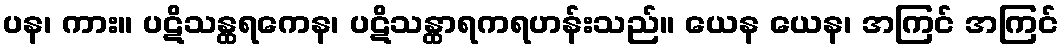
ပန၊ ကား။ ပဋိသန္ထရကေန၊ ပဋိသန္ထာရကရဟန်းသည်။ ယေန ယေန၊ အကြင် အကြင်